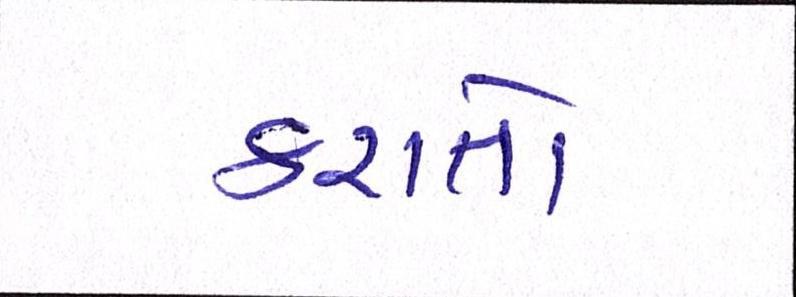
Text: કરાતો